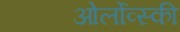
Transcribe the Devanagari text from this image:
ओर्लोव्स्की